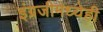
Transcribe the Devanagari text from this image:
इंग्रजीमध्येही